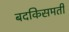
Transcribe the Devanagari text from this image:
बदकिसमती